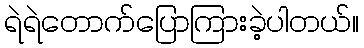
ရဲရဲတောက်ပြောကြားခဲ့ပါတယ်။